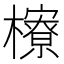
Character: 𪴔